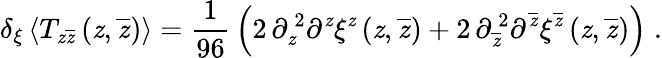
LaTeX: \delta_{\xi}\left<T_{\mathit{z}\overline{{{\mathit{z}}}}}\left(\mathit{z},\overline{{{\mathit{z}}}}\right)\right>={\frac{{1}}{{96}}}\left(2\, \partial_{\mathit{z}}^{\, 2}\partial^{\mathit{z}}\xi^{\mathit{z}}\left(\mathit{z},\overline{{{\mathit{z}}}}\right)+2\, \partial_{\overline{{{\mathit{z}}}}}^{\, 2}\partial^{\overline{{{\mathit{z}}}}}\xi^{\overline{{{\mathit{z}}}}}\left(\mathit{z},\overline{{{\mathit{z}}}}\right)\right)\; .